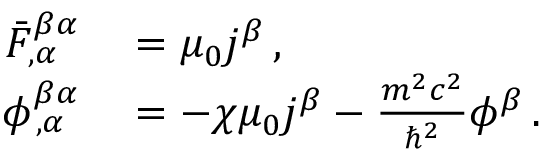
\begin{array} { r l } { \bar { F } _ { \, , \alpha } ^ { \beta \alpha } } & { { } = \mu _ { 0 } j ^ { \beta } \, , } \\ { \phi _ { \, , \alpha } ^ { \beta \alpha } } & { { } = - \chi \mu _ { 0 } j ^ { \beta } - \frac { m ^ { 2 } c ^ { 2 } } { \hbar ^ { 2 } } \phi ^ { \beta } \, . } \end{array}